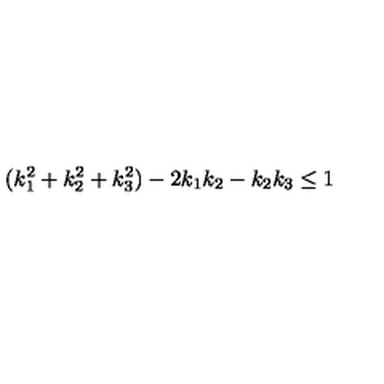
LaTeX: ( k _ { 1 } ^ { 2 } + k _ { 2 } ^ { 2 } + k _ { 3 } ^ { 2 } ) - 2 k _ { 1 } k _ { 2 } - k _ { 2 } k _ { 3 } \leq 1